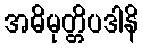
အဓိမုတ္တိပဒါနိ